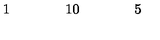
\begin{array} { c c c c c c c c c c c c c c c c c } { } & { } & { } & { 1 } & { } & { } & { } & { 1 0 } & { } & { } & { } & { 5 } & { } & { } & { } & { } \\ \end{array}